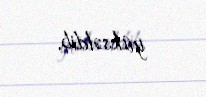
yüksəldib.